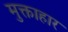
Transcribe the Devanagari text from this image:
मुक्ताहार